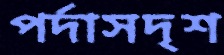
পর্দাসদৃশ